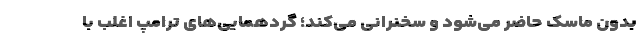
بدون ماسک حاضر می‌شود و سخنرانی می‌کند؛ گردهمایی‌های ترامپ اغلب با